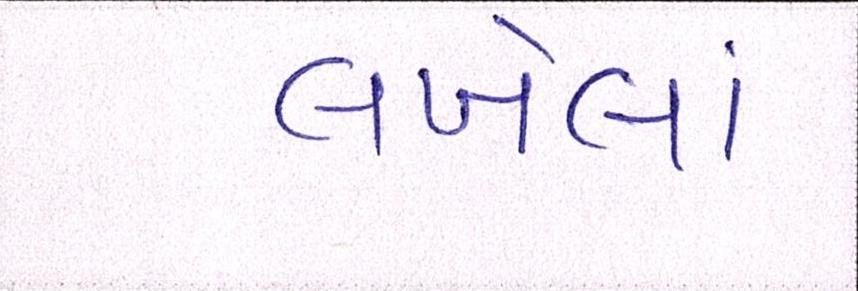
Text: લખેલાં